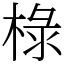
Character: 椂